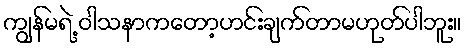
ကျွန်မရဲ့ ဝါသနာကတော့ဟင်းချက်တာမဟုတ်ပါဘူး။